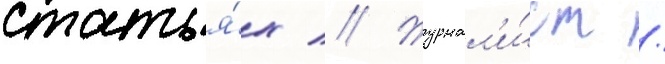
статья́х // Журнал'и́ст /